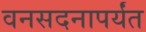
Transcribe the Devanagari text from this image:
वनसदनापर्यंत